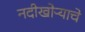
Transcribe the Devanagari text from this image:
नदीखोऱ्याचे